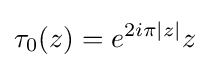
\tau _{0}(z)=e^{2i\pi |z|}z